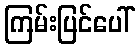
ကြမ်းပြင်ပေါ်